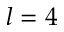
l = 4